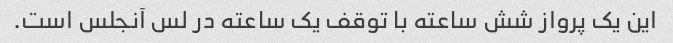
این یک پرواز شش ساعته با توقف یک ساعته در لس آنجلس است.